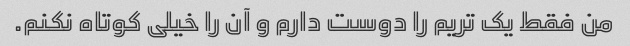
من فقط یک تریم را دوست دارم و آن را خیلی کوتاه نکنم.